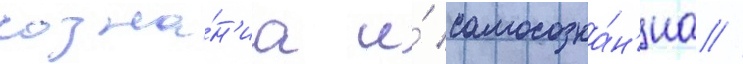
созна́н'иа и́ самосозна́н'иа //